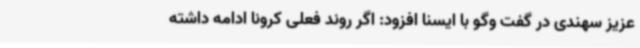
عزیز سهندی در گفت وگو با ایسنا افزود: اگر روند فعلی کرونا ادامه داشته